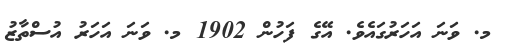
މ. ވަނަ އަހަރުގައެވެ. އޭގެ ފަހުން 1902 މ. ވަނަ އަހަރު އުސްތާޒު